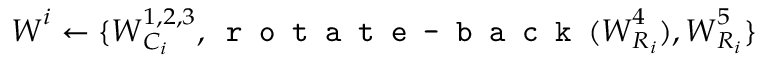
\boldsymbol { W } ^ { i } \leftarrow \{ \boldsymbol { W } _ { C _ { i } } ^ { 1 , 2 , 3 } , \texttt { r o t a t e - b a c k } ( \boldsymbol { W } _ { R _ { i } } ^ { 4 } ) , \boldsymbol { W } _ { R _ { i } } ^ { 5 } \}